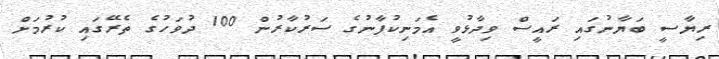
ރިޔާސީ ބަޔާނުގައި ރައީސް ވިދާޅުވީ އެމަނިކުފާނުގެ ސަރުކާރުން 100 ދުވަހުގެ ތެރޭގައި ކުރުމަށް